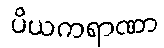
ပိယကရာဏာ